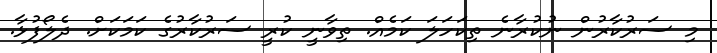
މި ސަރުކާރުން ނުކުރާނެ ތިކަހަލަ ކަމެއް. ތިވާނީ ކުރީ ސަރުކާރުގެ ކަމަކަށް. ދެލޯފުޅާ.